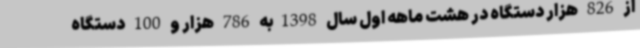
از 826 هزار دستگاه در هشت ماهه اول سال 1398به 786 هزار و 100 دستگاه